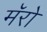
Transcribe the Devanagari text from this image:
मॅरो